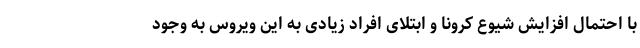
با احتمال افزایش شیوع کرونا و ابتلای افراد زیادی به این ویروس به وجود